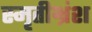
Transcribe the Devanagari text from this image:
स्मृतीभ्रंश